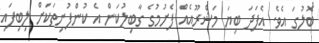
ބޮލުގަ އެވެ. އެފަދަ ބިޔަ މަޝްރޫއެއް ފެށުމުގެ ގާބިލުކަން އެ ކުންފުނިތަކަށް ލިބިފައި